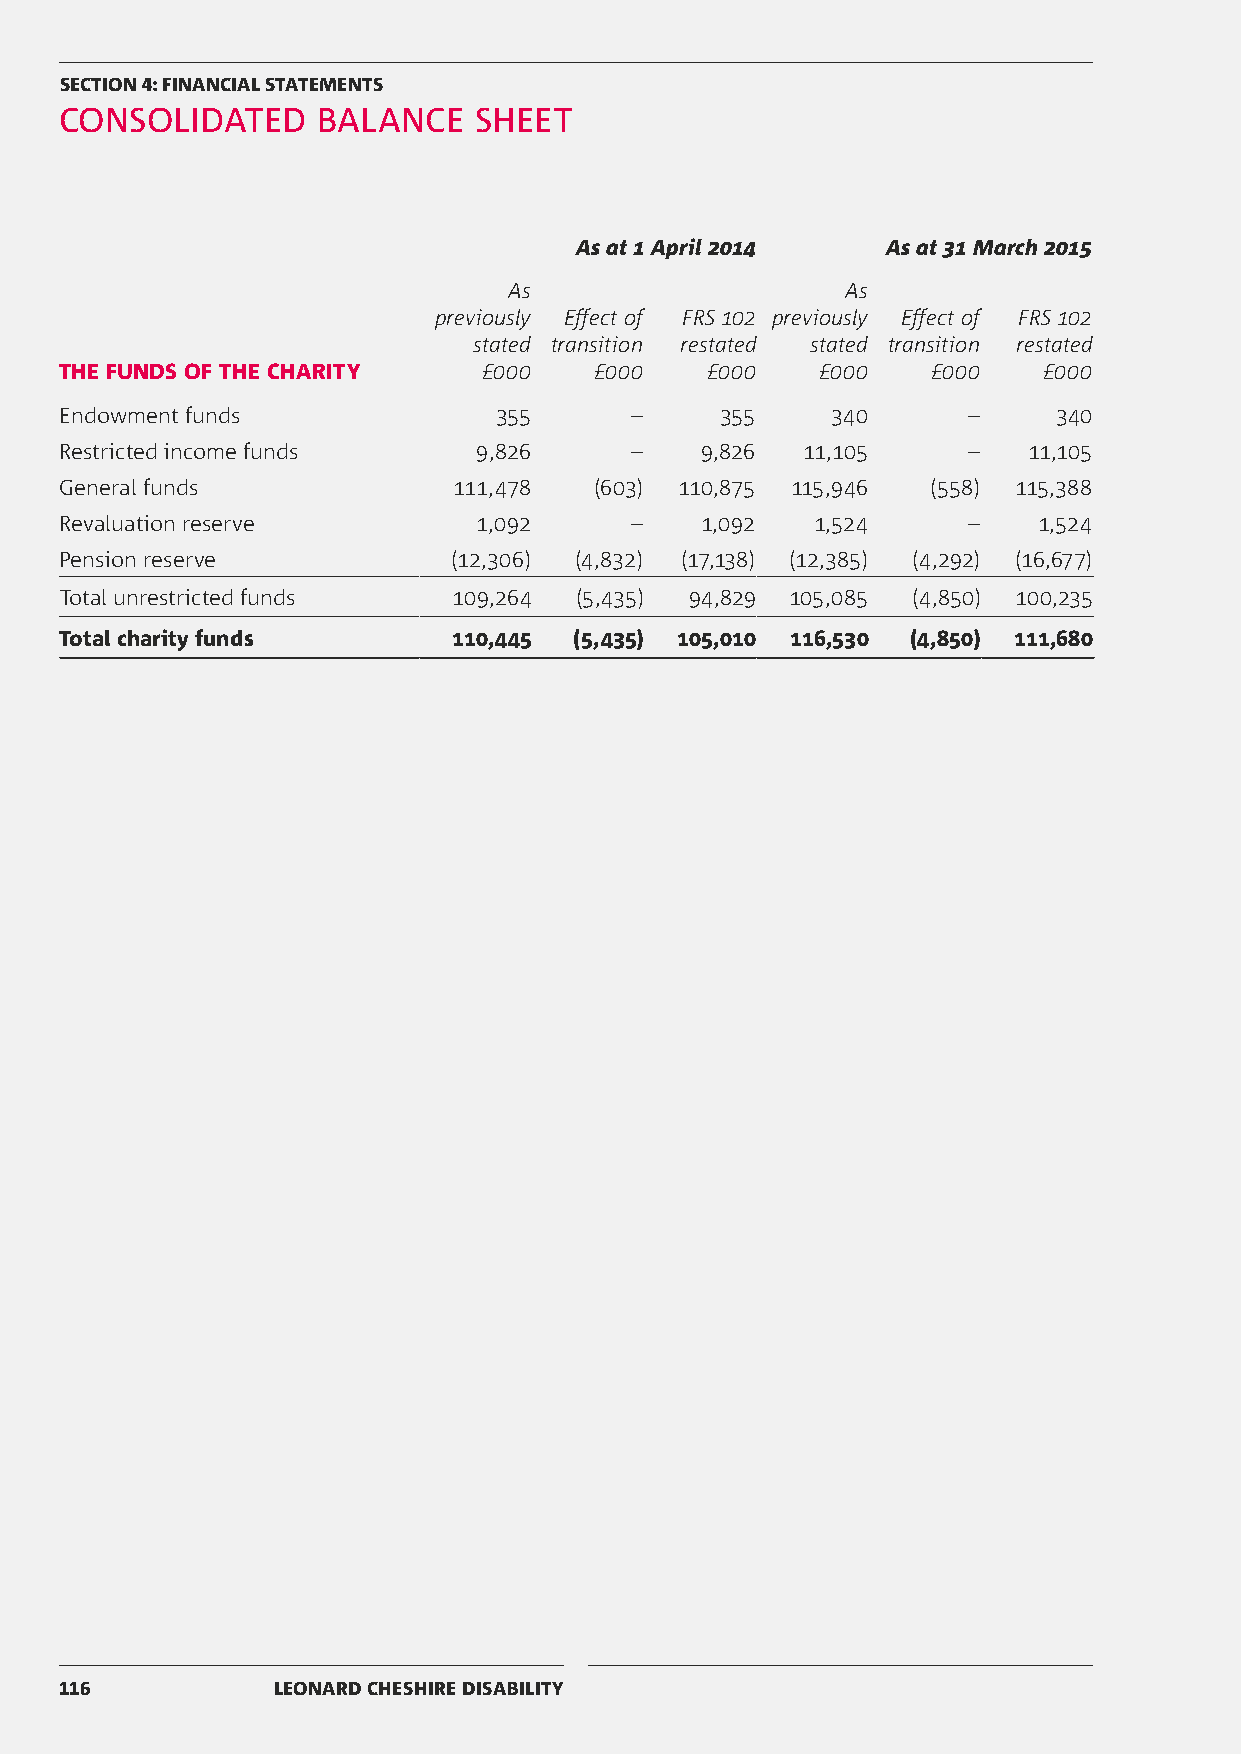
SECTION 4: FINANCIAL STATEMENTS
 CONSOLIDATED     BALANCE   SHEET
 As at 1 April 2014   As at 31 March 2015
 As                    As
 previously Effect of FRS 102 previously Effect of FRS 102
 stated transition restated stated transition restated
 THE FUNDS OF THE CHARITY    £000   £000    £000   £000    £000   £000
 Endowment funds              355      –     355    340      –     340
 Restricted income funds     9,826     –   9,826  11,105     –   11,105
 General funds             111,478  (603) 110,875 115,946  (558) 115,388
 Revaluation reserve         1,092     –   1,092   1,524     –    1,524
 Pension reserve           (12,306) (4,832) (17,138) (12,385) (4,292) (16,677)
 Total unrestricted funds  109,264 (5,435) 94,829 105,085 (4,850) 100,235
 Total charity funds       110,445 (5,435) 105,010 116,530 (4,850) 111,680
 116           LEONARD CHESHIRE DISABILITY